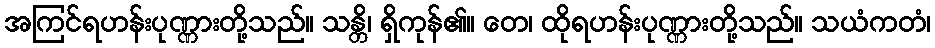
အကြင်ရဟန်းပုဏ္ဏားတို့သည်။ သန္တိ၊ ရှိကုန်၏။ တေ၊ ထိုရဟန်းပုဏ္ဏားတို့သည်။ သယံကတံ၊